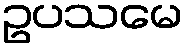
ဥပသမေ